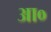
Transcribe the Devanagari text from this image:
आ०